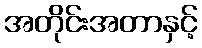
အတိုင်းအတာနှင့်